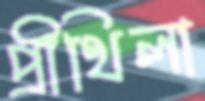
প্রীথিলা